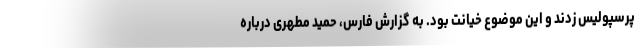
پرسپولیس زدند و این موضوع خیانت بود. به گزارش فارس، حمید مطهری درباره